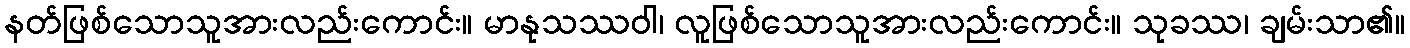
နတ်ဖြစ်သောသူအားလည်းကောင်း။ မာနုသဿဝါ၊ လူဖြစ်သောသူအားလည်းကောင်း။ သုခဿ၊ ချမ်းသာ၏။